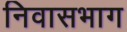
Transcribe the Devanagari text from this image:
निवासभाग